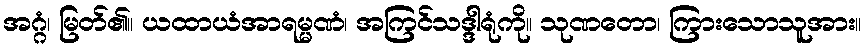
အဂ္ဂံ၊ မြတ်၏။ ယထာယံအာရမ္မဏံ၊ အကြင်သဒ္ဒါရုံကို။ သုဏတော၊ ကြားသောသူအား။